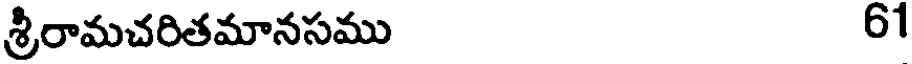
శ్రీరామచరితమానసము 61